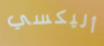
أليكسي